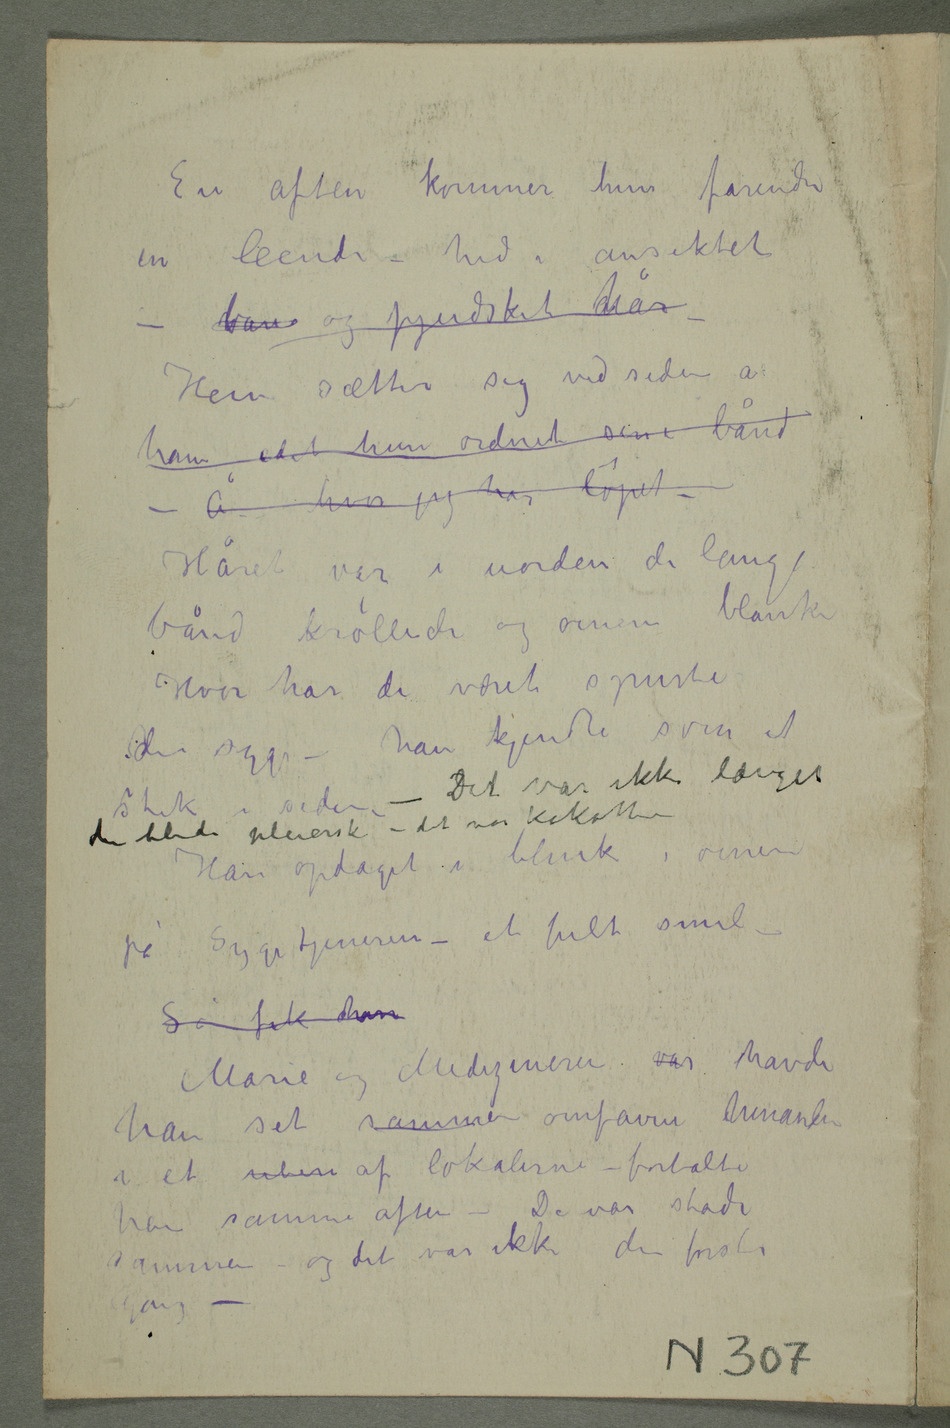
En aften kommer hun farende
in leende – hed i ansiktet –
ban og pjudsket hår –
Hun sætter sig ved siden a
ham idet hun ordnet sine bånd
– Å hvor jeg har løpet –
Håret var i uorden de lange
bånd krøllede og øinene
Hvor har du været spurte
den syge –han kjendte som et
stik i siden – Det var ikke længer
den blide pleierske – det var kokotten
Han opdaget i blink i øinene
på Sygetjeneren – et fult smil –
Så fik han
Marie og Medizineren var havde
han set sammen omfavne hinanden
i et  af lokalerne – fortalte
han samme aften – De var stadi
sammen – og det var ikke første
gang